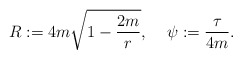
\begin{align*}R:=4m\sqrt{1-{2m\over r}},\:\:\:\:\:\psi:={\tau\over 4m}.\end{align*}